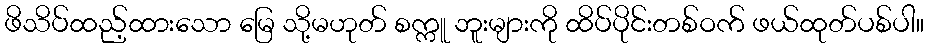
ဖိသိပ်ထည့်ထားသော မြေ သို့မဟုတ် စက္ကူ ဘူးများကို ထိပ်ပိုင်းတစ်ဝက် ဖယ်ထုတ်ပစ်ပါ။